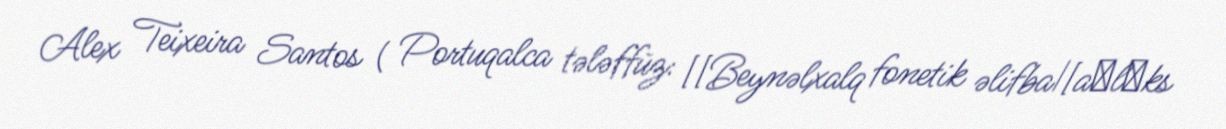
Alex Teixeira Santos ( Portuqalca tələffüz: [[Beynəlxalq fonetik əlifba|[aˈlɛks